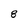
Character: 8